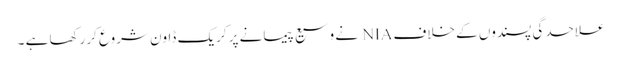
علاحدگی پسندوں کے خلاف NIA نے وسیع پیمانے پر کریک ڈاون شروع کررکھا ہے ۔